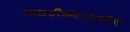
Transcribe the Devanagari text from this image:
गायत्रीछंदापासौनी